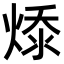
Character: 𭵔